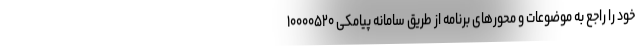
خود را راجع به موضوعات و محورهای برنامه از طریق سامانه پیامکی ۱۰۰۰۰۵۲۰